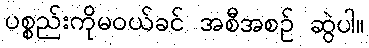
ပစ္စည်းကိုမဝယ်ခင် အစီအစဉ် ဆွဲပါ။